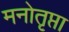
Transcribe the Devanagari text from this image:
मनोतृप्ता